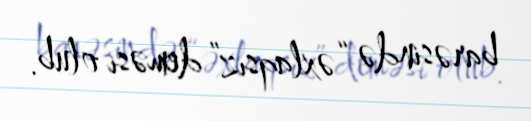
barəsində “əxlaqsız” deməsi olub.